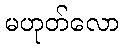
မဟုတ်လော